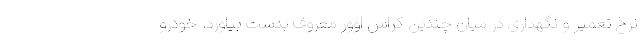
نرخ تعمیر و نگهداری در میان چندین کراس اوور معروف بدست بیاورد. خودرو